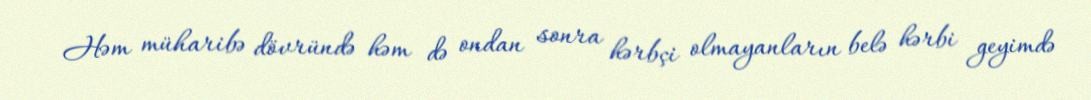
Həm müharibə dövründə həm də ondan sonra hərbçi olmayanların belə hərbi geyimdə